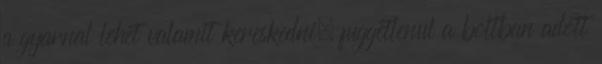
a gyarnal lehet valamit kereskedni, fuggetlenul a boltban adott